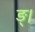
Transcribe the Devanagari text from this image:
ङ्।